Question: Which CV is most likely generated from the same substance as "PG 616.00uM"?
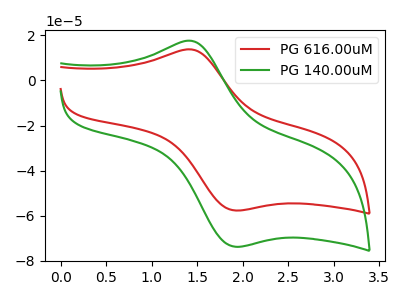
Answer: <think>The red curve "PG 616.00uM" has an anodic peak at (1.45V, 13.60uA) and a cathodic peak at (2.00V, -57.65uA). The green curve "PG 140.00uM" has an anodic peak at (1.45V, 17.35uA) and a cathodic peak at (2.00V, -73.70uA).
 All the peaks in "PG 616.00uM" have a peak in "PG 140.00uM" at the same potential. Every peak in "PG 616.00uM" is lower than every peak in "PG 140.00uM".</think>
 <answer>The CV with the most similar shape to "PG 140.00uM" is "PG 616.00uM".</answer>
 <eval>"PG 616.00uM"</eval>